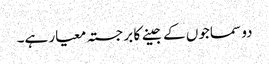
دو سماجوں کے جینے کا برجستہ معیار ہے۔